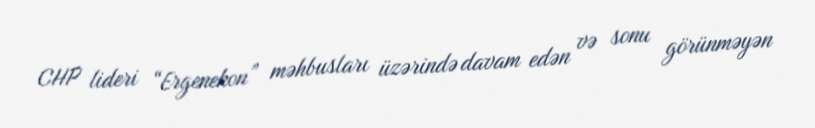
CHP lideri “Ergenekon” məhbusları üzərində davam edən və sonu görünməyən